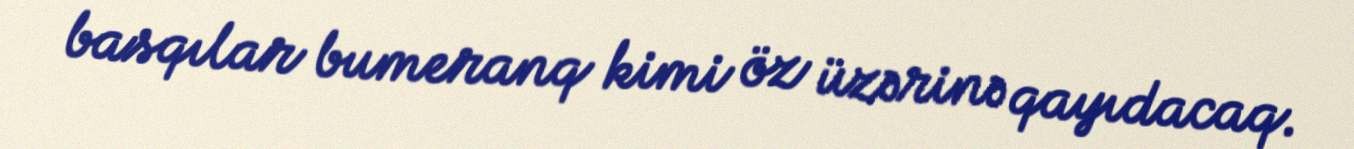
basqılar bumeranq kimi öz üzərinə qayıdacaq.